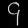
Digit: ၄